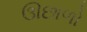
ઊછાળો